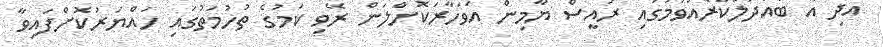
އަދި އެ ބައްދަލުކުރެއްވުމުގައި ރައީސް ޔާމިން އަވަހާރަކޮށްލަން ރޭވި ކަމުގެ ތުހުމަތުގައި ހައްޔަރުކޮށްފައިވާ